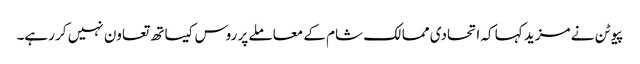
پیوٹن نے مزید کہا کہ اتحادی ممالک شام کے معاملے پر روس کیساتھ تعاون نہیں کر رہے۔